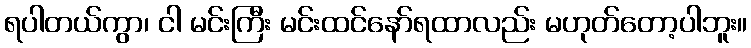
ရပါတယ်ကွာ၊ ငါ မင်းကြီး မင်းထင်နော်ရထာလည်း မဟုတ်တော့ပါဘူး။